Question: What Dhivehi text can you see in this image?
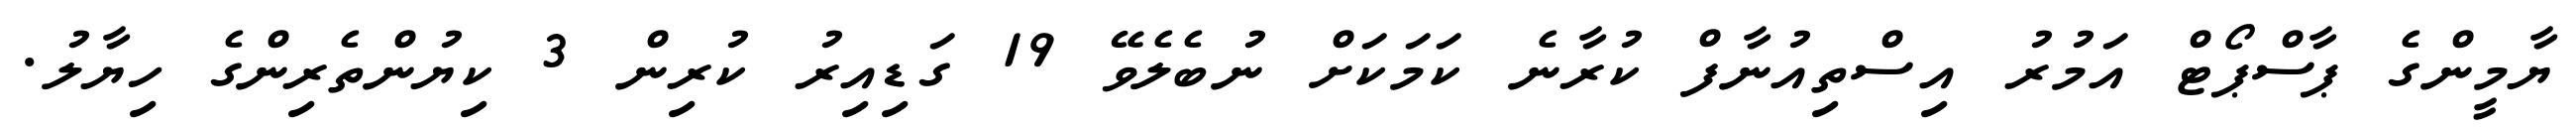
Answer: ޔާމީންގެ ޕާސްޕޯޓް އަމުރު އިސްތިއުނާފް ކުރާނެ ކަމަކަށް ނުބެލެވޭ 19 ގަޑިއިރު ކުރިން 3 ކިޔުންތެރިންގެ ހިޔާލު.